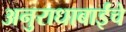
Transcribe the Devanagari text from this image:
अनुराधाबाईंचे